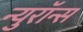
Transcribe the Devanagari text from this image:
न्युरॉन्स